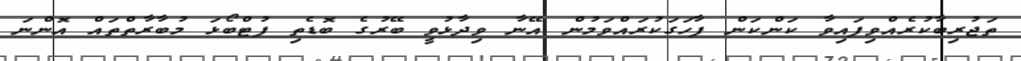
ތަޖުރިބާކުރެއްވިފައިވާ ކަންކަން ފާހަގަކުރައްވަމުން އޭނާ ވިދާޅުވީ ބޭރުގެ ބޮޑެތި ފުޓްބޯޅަ މުބާރާތްތައް އޮންނަ